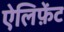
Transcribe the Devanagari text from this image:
ऐलिफ़ेंट